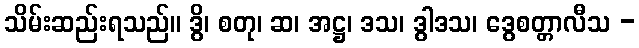
သိမ်းဆည်းရသည်။ ဒွိ၊ စတု၊ ဆ၊ အဋ္ဌ၊ ဒသ၊ ဒွါဒသ၊ ဒွေစတ္တာလီသ -